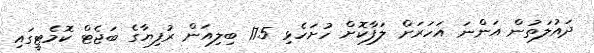
ދައުލަތުން އަންނަ އަހަރަށް ލަފާކޮށް ހުށަހެޅި 17.5 ބިލިއަން ރުފިޔާގެ ބަޖެޓް ކޮމެޓީގައި